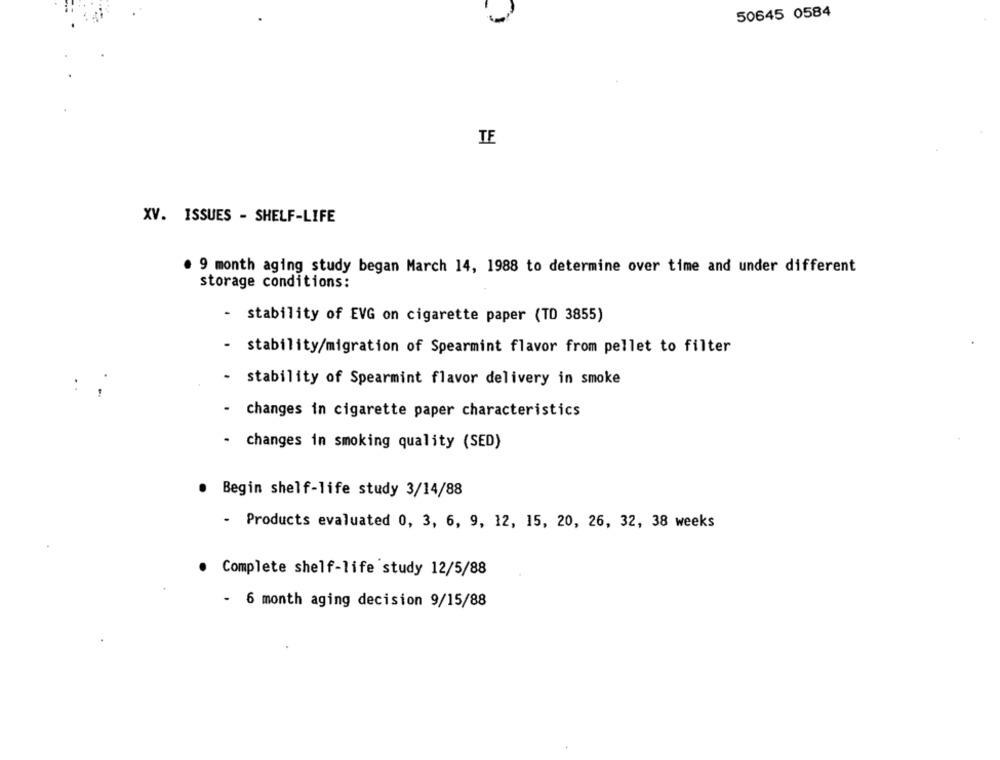
50645 0584
TE
XV. ISSUES - SHELF-LIFE
. 9 month aging study began March 14, 1988 to determine over time and under different
storage conditions:
- stability of EVG on cigarette paper (TD 3855)
- stability/migration of Spearmint flavor from pellet to filter
stability of Spearmint flavor delivery in smoke
:
- changes in cigarette paper characteristics
- changes in smoking quality (SED)
. Begin shelf-life study 3/14/88
- Products evaluated 0, 3, 6, 9, 12, 15, 20, 26, 32, 38 weeks
Complete shelf-life study 12/5/88
- 6 month aging decision 9/15/88